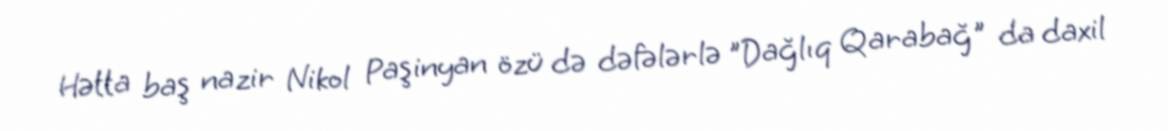
Hətta baş nazir Nikol Paşinyan özü də dəfələrlə "Dağlıq Qarabağ" da daxil